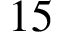
1 5